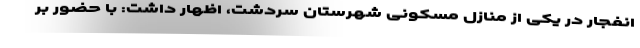
انفجار در یکی از منازل مسکونی شهرستان سردشت، اظهار داشت: با حضور بر